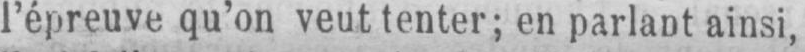
l’épreuve qu’on veut tenter; en parlant ainsi,